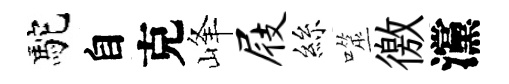
駝自克峰屐絲噬徼灙